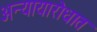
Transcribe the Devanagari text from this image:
अन्यायारोधात